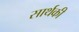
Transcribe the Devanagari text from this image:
सार्थकी